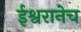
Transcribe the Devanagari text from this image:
ईश्वरानेच